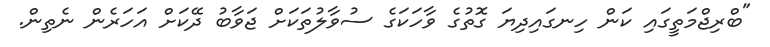
"ބްރިޖްމަތީގައި ކަން ހިނގައިދިޔަ ގޮތުގެ ވާހަކަގެ ސުވާލުތަކަށް ޖަވާބު ދޭކަށް އަހަރެން ނެތިން.